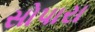
સોપારા